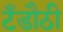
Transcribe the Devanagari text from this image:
टँडौठी